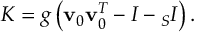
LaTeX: K = g \left( { \bf v } _ { 0 } { \bf v } _ { 0 } ^ { T } - I - { } _ { S } I \right) .